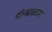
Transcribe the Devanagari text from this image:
मीनंबाक्कम